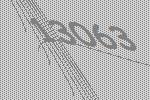
13063